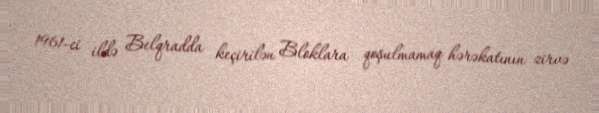
1961-ci ildə Belqradda keçirilən Bloklara qoşulmamaq hərəkatının zirvə